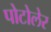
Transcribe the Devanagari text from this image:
पोटोलेर